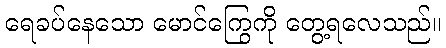
ရေခပ်နေသော မောင်ကြွေကို တွေ့ရလေသည်။